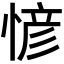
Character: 𢞆